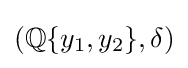
{\textstyle (\mathbb {Q} \{y_{1},y_{2}\},\delta )}